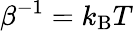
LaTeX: \beta^{-1}=k_{\mathrm{{B}}}T